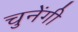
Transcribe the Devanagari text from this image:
चुनेंगी